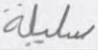
سليلة